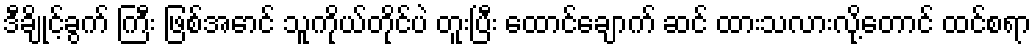
ဒီချိုင့်ခွက် ကြီး ဖြစ်အောင် သူကိုယ်တိုင်ပဲ တူးပြီး ထောင်ချောက် ဆင် ထားသလားလို့တောင် ထင်စရာ